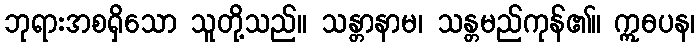
ဘုရားအစရှိသော သူတို့သည်။ သန္တာနာမ၊ သန္တမည်ကုန်၏။ ဣဓပန၊